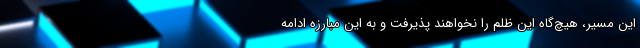
این مسیر، هیچ‌گاه این ظلم را نخواهند پذیرفت و به این مبارزه ادامه